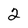
Character: 2